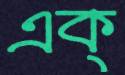
এক্